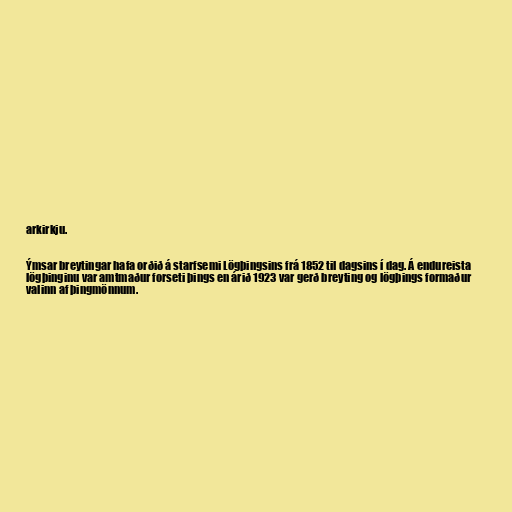
arkirkju.

Ýmsar breytingar hafa orðið á starfsemi Lögþingsins frá 1852 til dagsins í dag. Á endureista
lögþinginu var amtmaður forseti þings en árið 1923 var gerð breyting og lögþings formaður
valinn af þingmönnum.